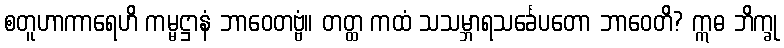
စတူဟာကာရေဟိ ကမ္မဋ္ဌာနံ ဘာဝေတဗ္ဗံ။ တတ္ထ ကထံ သသမ္ဘာရသင်္ခေပတော ဘာဝေတိ? ဣဓ ဘိက္ခု